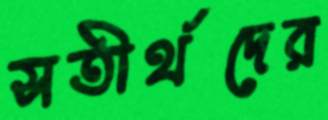
সতীর্থদের